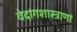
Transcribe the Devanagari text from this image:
वेदांगशास्त्राणां